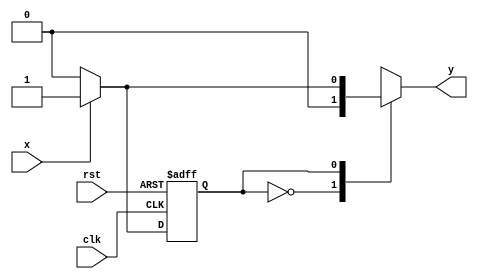
module mealy11 (
input clk,rst,x,
output reg y);

parameter s0=1'b0,s1=1'b1;
reg cs,ns;
always @(posedge clk or negedge rst)
begin
if(rst == 1'b0)   cs <=s0;
else              cs<=ns;
end

always @(x or cs)
begin
case(cs)
s0 : begin
     if(x==1) ns<=s1;
     else     ns<=s0;
     end
s1 : begin
     if(x==1)   ns<=s1;
     else       ns<=s0;
     end
endcase
end

always @(x or cs)
begin
case(cs)
s0 : y=0;
s1 : if(x==0)  y=0;
     else      y=1;
endcase
end
endmodule